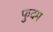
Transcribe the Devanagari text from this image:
फुदम